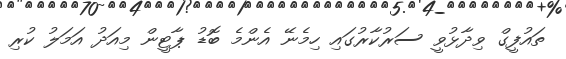
ތައުފީގް ވިދާޅުވީ ސަރުކާރުގައި ހިމެނޭ އެންމެ ބޮޑު ޕާޓީން މިއަދު އަމަލު ކުރި